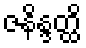
ဇနိန္ဒတ္ထိ